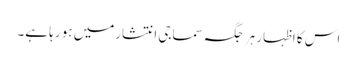
اس کا اظہار ہر جگہ سماجی انتشارمیں ہو رہا ہے۔